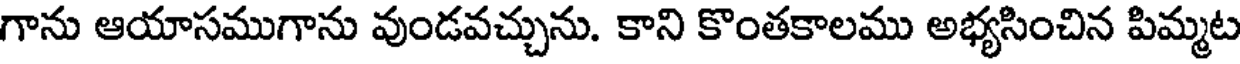
గాను ఆయాసముగాను వుండవచ్చును. కాని కొంతకాలము అభ్యసించిన పిమ్మట